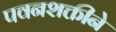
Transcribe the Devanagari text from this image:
पवनशक्तीने